Madras plague regulations in force outside the Presidency town - Volume 5
Disease focus: Plague
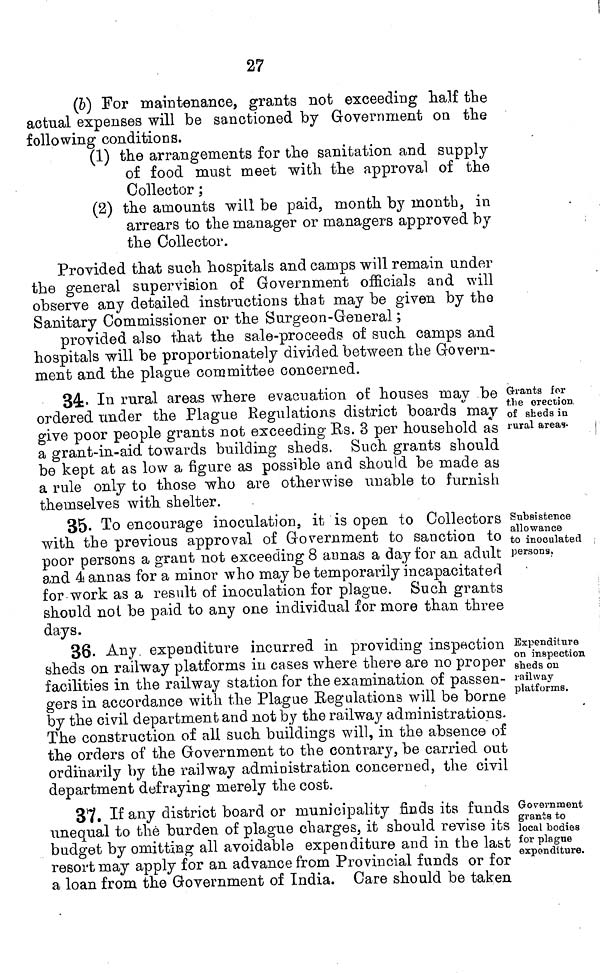
27
(&) For maintenance, grants not exceeding half the
actual expenses will be sanctioned by Government on the
following conditions.
(1) the arrangements for the sanitation and supply
of food must meet with the approval of the
Collector ;
(2) the amounts will be paid, month by month, in
arrears to the manager or managers approved by
the Collector.
Provided that such hospitals and camps will remain under
the general supervision of Government officials and will
observe any detailed instructions that may be given by the
Sanitary Commissioner or the Surgeon-General ;
provided also that the sale-proceeds of such camps and
hospitals will be proportionately divided between the Govern-
ment and the plague committee concerned.
Grants for
t.lie erection
of sheds in
rural areas-
34> I* 1 rural areas where evacuation of houses may be
ordered under the Plague Regulations district boards may
give poor people grants not exceeding Es. 3 per household as
a grant-in-aid towards building sheds. Such grants should
be kept at as low a figure as possible and should be made ay
a rule only to those who are otherwise unable to furnish
themselves with shelter.
Subsistence
allowance
to inoculated
persons,
35. To encourage inoculation, it is open to Collectors
with the previous approval of Government to sanction to
poor persons a grant not exceeding 8 aunas a day for an adult
and 4 annas for a minor who maybe temporarily incapacitated
for work as a result of inoculation for plague. Such grants
should not be paid to any one individual for more than three
days.
Expenditure
on inspection
sheds on
railway
platforms.
36- Any expenditure incurred in providing inspection
sheds on railway platforms in cases where there are no proper
facilities in the railway station for the examination of passen-
gers in accordance with the Plague Regulations will be borne
by the civil department and not by the railway administrations.
The construction of all such buildings will, in the absence of
the orders of the Government to the contrary, be carried out
ordinarily by the railway administration concerned, the civil
department defraying merely the cost.
Government
grants to
local bodies
for plague
expenditure.
37. If any district board or municipality finds its funds
unequal to the burden of plague charges, it should revise its
budget by omitting all avoidable expenditure and in the labt
resort may apply for an advance from Provincial funds or for
a loan from the Government of India. Care should be taken.